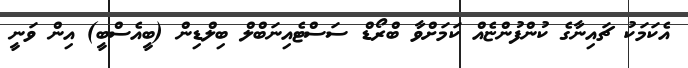
އެކަމަކު ޗައިނާގެ ކުންފުންޏެއް ކަމަށްވާ ބްރޯޑް ސަސްޓެއިނަބްލް ބިލްޑިން (ބީއެސްބީ) އިން ވަނީ